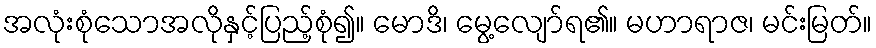
အလုံးစုံသောအလိုနှင့်ပြည့်စုံ၍။ မောဒိ၊ မွေ့လျော်ရ၏။ မဟာရာဇ၊ မင်းမြတ်။